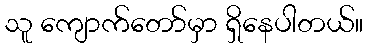
သူ ကျောက်တော်မှာ ရှိနေပါတယ်။